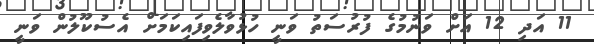
11 އަދި 12 އަށް ވަނުމުގެ ފުރުސަތު ވަނީ ހުޅުވާލެވިފައިކަމަށް އެސުކޫލުން ވަނީ